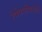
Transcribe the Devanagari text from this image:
रेषेपलीकडील